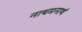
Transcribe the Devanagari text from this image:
नाथमनाथं